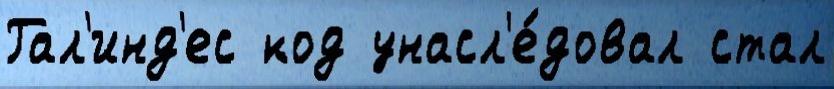
Гал'инд'ес код унасл'е́довал стал